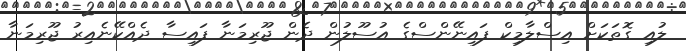
ލުއި ގޮތަކަށް އިސްލާމިކް ފައިނޭންސްގެ އުސޫލުން ދެން ޖޫރިމަނާ ފައިސާ ދެއްކޭނެއިރު ޖޫރިމަނާ